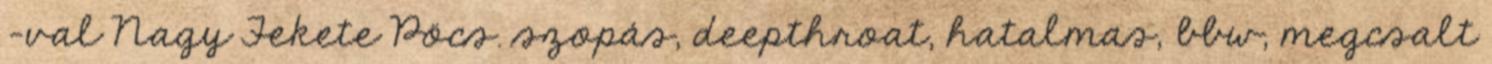
-val Nagy Fekete Pöcs. szopás, deepthroat, hatalmas, bbw, megcsalt